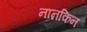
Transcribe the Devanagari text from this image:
नानकिन